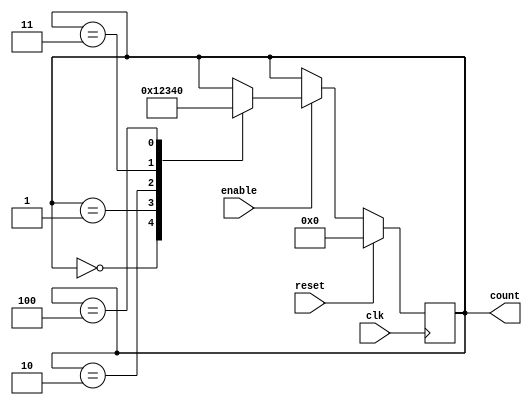
module synchronous_counter (
    input clk,
    input reset,
    input enable,
    output reg [3:0] count
);

always @(posedge clk) begin
    if (reset) begin
        count <= 4'b0000;
    end else if (enable) begin
        case(count)
            4'b0000: count <= 4'b0001;
            4'b0001: count <= 4'b0010;
            4'b0010: count <= 4'b0011;
            4'b0011: count <= 4'b0100;
            4'b0100: count <= 4'b0000;
        endcase
    end
end

endmodule